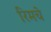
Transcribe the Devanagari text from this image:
रिमचे